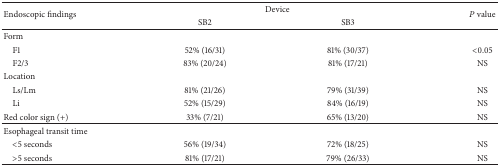
| <ROWSPAN=2> Endoscopic findings | <COLSPAN=2> Device | <ROWSPAN=2> P value |
 | SB2 | SB3 |
 | --- | --- | --- | --- |
 | Form |  |  |  |
 | F1 | 52% (16/31) | 81% (30/37) | <0.05 |
 | F2/3 | 83% (20/24) | 81% (17/21) | NS |
 | Location |  |  |  |
 | Ls/Lm | 81% (21/26) | 79% (31/39) | NS |
 | Li | 52% (15/29) | 84% (16/19) | NS |
 | Red color sign (+) | 33% (7/21) | 65% (13/20) | NS |
 | Esophageal transit time |  |  |  |
 | <5 seconds | 56% (19/34) | 72% (18/25) | NS |
 | >5 seconds | 81% (17/21) | 79% (26/33) | NS |